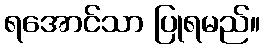
ရအောင်သာ ပြုရမည်။